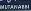
mutanabbi